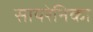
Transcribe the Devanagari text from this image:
सायरेनिका